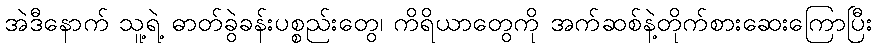
အဲဒီနောက် သူ့ရဲ့ ဓာတ်ခွဲခန်းပစ္စည်းတွေ၊ ကိရိယာတွေကို အက်ဆစ်နဲ့တိုက်စားဆေးကြောပြီး